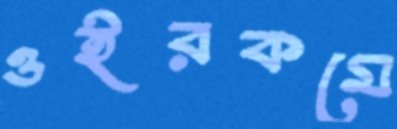
ওইরকমে